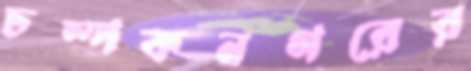
চম্পকনগরের